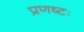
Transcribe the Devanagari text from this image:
प्रणष्टः